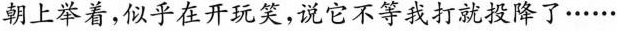
朝上举着，似乎在开玩笑，说它不等我打就投降了……